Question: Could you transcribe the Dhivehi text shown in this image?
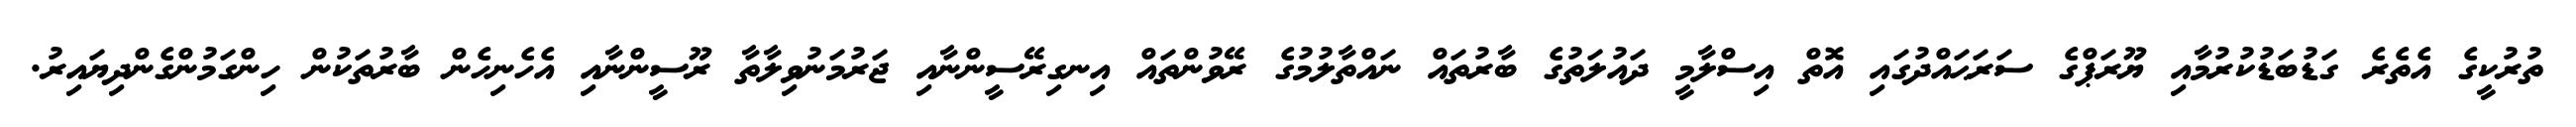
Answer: ތުރުކީގެ އެތެރެ ގަޑުބަޑުކުރުމާއި ޔޫރަޕްގެ ސަރަޙައްދުގައި އޮތް އިސްލާމީ ދައުލަތުގެ ބާރުތައް ނައްތާލުމުގެ ރޭވުންތައް އިނގިރޭސީންނާއި ޖަރުމަނުވިލާތާ ރޫސީންނާއި އެހެނިހެން ބާރުތަކުން ހިންގަމުންގެންދިޔައިރު.